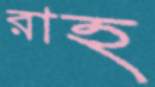
রাহ